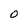
Character: 0